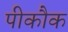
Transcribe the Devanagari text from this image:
पीकौक